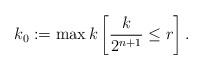
LaTeX: \begin{align*}k_0:=\max k\left[\frac{k}{2^{n+1}}\leq r\right].\end{align*}